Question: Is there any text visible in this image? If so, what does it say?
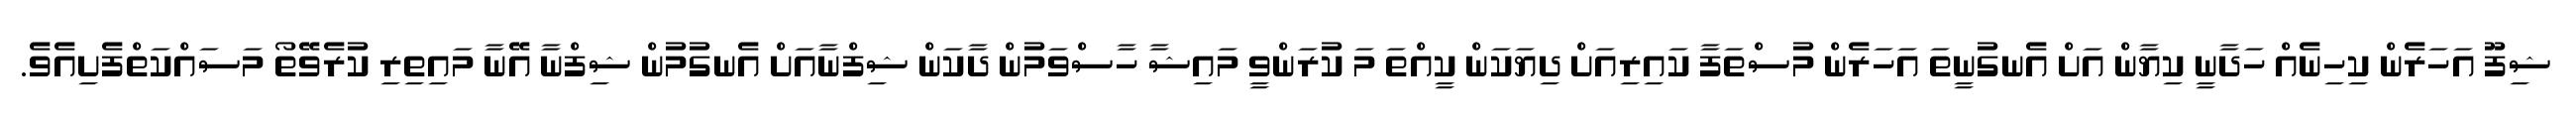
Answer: ޝިފޫ އަހަރެން ކިހިނެއް ހަދާނީ ކިޔާން އަށް އެނގުނީތަ އަހަރެން މުސްތަފާ ކައިރިއަށް ދިޔަކަން ކީއްތަ މަ ކުރަންވީ މައިޝާ ހާސްވަމުން ދާކަން ޝިފްނާއަށް އެނގުމުން ޝިފްނާ އޭނާ މައިތިރި ކުރެވޭތޯ މަސައްކަތްފެށިއެވެ.